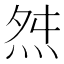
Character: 𭴝